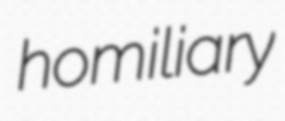
homiliary